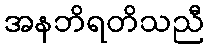
အနဘိရတိသညီ